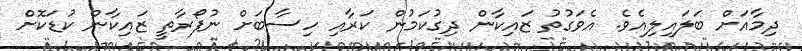
ދިމާއަށް ބަލައިލިއެވެ. އެވަގުތު ޒައިކާން ދިގުކަމުން ކަރާއި ހިސާބަށް ނުފޯރާތީ ޒައިކާން ކުޑަކޮށް